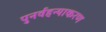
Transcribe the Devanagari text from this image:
पुनर्वहन्‍याकरण